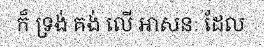
ក៏ ទ្រង់ គង់ លើ អាសនៈ ដែល